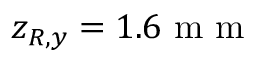
z _ { R , y } = 1 . 6 \mathrm { ~ m ~ m ~ }